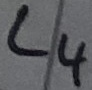
Text: L4